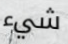
شيء